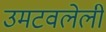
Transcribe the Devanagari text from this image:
उमटवलेली